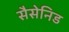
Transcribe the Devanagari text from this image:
सैसेनिड